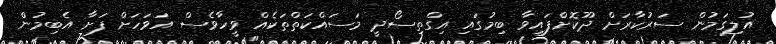
އުލިގަމުން ސަރުކާރަށް ދޫކޮށްފައިވާ ބިމުގައި އިގްތިސޯދީ މަސައްކަތްތަކެއް ވީހާވެސް އަވަހަށް ފަށާ އެބިމުން